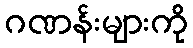
ဂဏန်းများကို